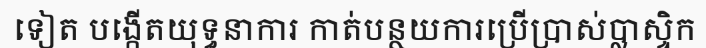
ទៀត បង្កើតយុទ្ធនាការ កាត់បន្ថយការប្រើប្រាស់ប្លាស្ទិក